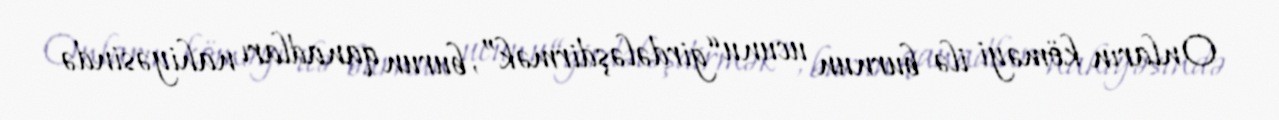
Onların köməyi ilə burnun ucunu “girdələşdirmək”, burun qanadları nahiyəsində